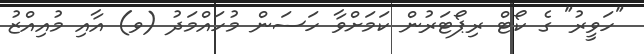
"ހަވީރު" ގެ ކޯޓް ރިޕޯޓަރުން ކަމަށްވާ ހަސަން މުހައްމަދު (ވ) އާއި މުއިއްޒު